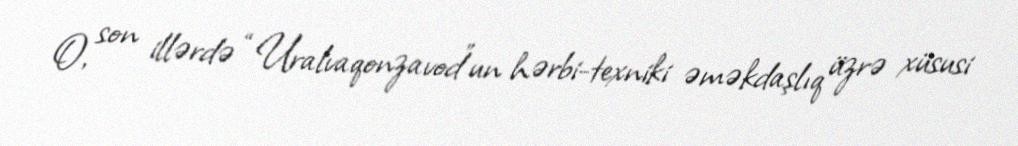
O, son illərdə “Uralvaqonzavod”un hərbi-texniki əməkdaşlıq üzrə xüsusi